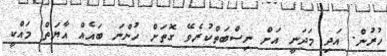
ހުރުން. އަދި މަދަނީ އަށް ނިސްބަތްކުރެވޭ ގޮތަށް ހުންނަ ބައެއް އާޔަތް މައްކީ